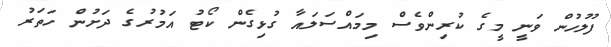
ފުލުހުން ވަނީ މީގެ ކުރިންވެސް މިމައްސަލައާ ގުޅިގެން ކޯޓު އަމުރުގެ ދަށުން ހަތަރު